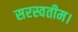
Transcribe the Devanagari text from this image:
सरस्वतीम।